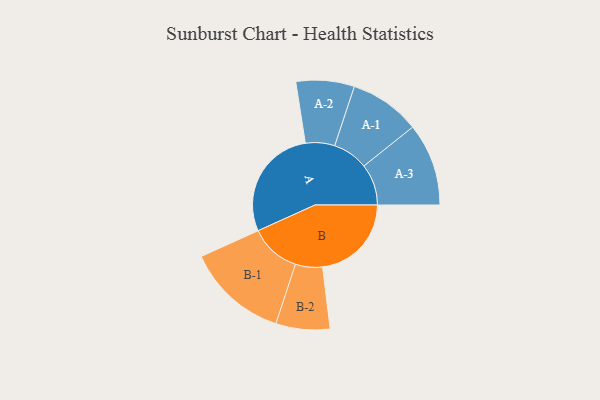
{"axis": {"x": "Segment", "y": "Value"}, "legend": ["", "A", "B"], "data": [{"x": "A", "y": 418, "type": ""}, {"x": "B", "y": 329, "type": ""}, {"x": "A-1", "y": 131, "type": "A"}, {"x": "A-2", "y": 108, "type": "A"}, {"x": "A-3", "y": 153, "type": "A"}, {"x": "B-1", "y": 188, "type": "B"}, {"x": "B-2", "y": 100, "type": "B"}]}